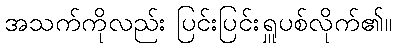
အသက်ကိုလည်း ပြင်းပြင်းရှူပစ်လိုက်၏။